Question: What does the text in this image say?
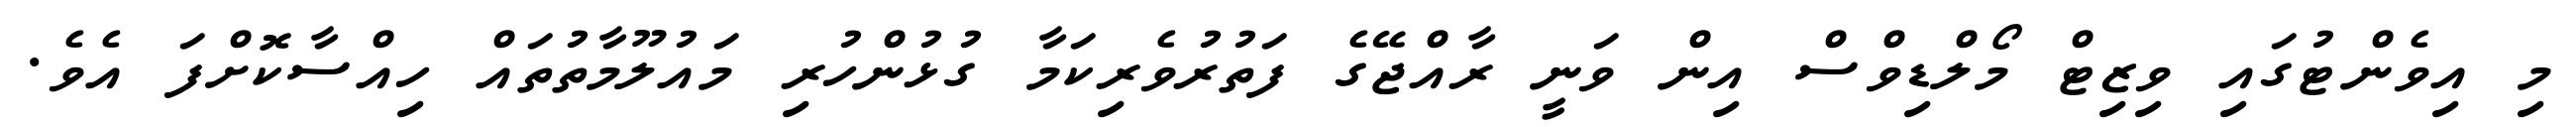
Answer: މި އިވެންޓުގައި ވިޒިޓް މޯލްޑިވްސް އިން ވަނީ ރާއްޖޭގެ ފަތުރުވެރިކަމާ ގުޅުންހުރި މައުލޫމާތުތައް ހިއްސާކޮށްފަ އެވެ.